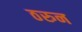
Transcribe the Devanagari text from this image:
ठरुन